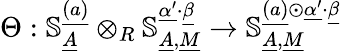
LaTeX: \Theta:\mathbb{S}_{\underline{{A}}}^{\underline{{(a)}}}\otimes_{R}\mathbb{S}_{\underline{{A}},\underline{{M}}}^{\underline{{\alpha^{\prime}}}\cdot\underline{{\beta}}}\to\mathbb{S}_{\underline{{A}},\underline{{M}}}^{\underline{{(a)}}\odot\underline{{\alpha^{\prime}}}\cdot\underline{{\beta}}}